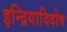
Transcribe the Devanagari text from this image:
इन्द्रियादिदोष